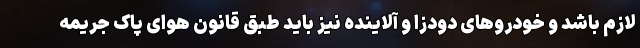
لازم باشد و خودروهای دودزا و آلاینده نیز باید طبق قانون هوای پاک جریمه